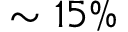
\sim 1 5 \%